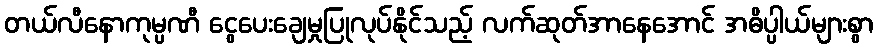
တယ်လီနောကုမ္ပဏီ ငွေပေးချေမှုပြုလုပ်နိုင်သည့် လက်ဆုတ်အာနေအောင် အဓိပ္ပါယ်များစွာ